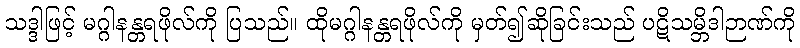
သဒ္ဒါဖြင့် မဂ္ဂါနန္တရဖိုလ်ကို ပြသည်။ ထိုမဂ္ဂါနန္တရဖိုလ်ကို မှတ်၍ဆိုခြင်းသည် ပဋိသမ္ဘိဒါဉာဏ်ကို